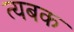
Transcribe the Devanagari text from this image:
त्यबक